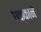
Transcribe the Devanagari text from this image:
धक्काने